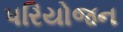
પરિયોજન